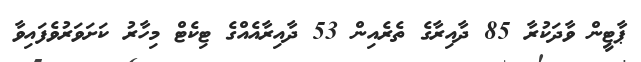
ޕާޓީން ވާދަކުރާ 85 ދާއިރާގެ ތެރެއިން 53 ދާއިރާއެއްގެ ޓިކެޓް މިހާރު ކަށަވަރުވެފައިވާ